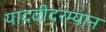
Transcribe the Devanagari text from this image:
यादवीदरम्यान